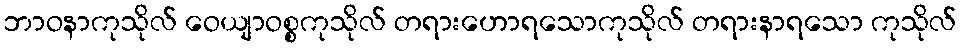
ဘာဝနာကုသိုလ် ဝေယျာဝစ္စကုသိုလ် တရားဟောရသောကုသိုလ် တရားနာရသော ကုသိုလ်